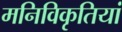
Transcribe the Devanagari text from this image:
मनिविकृतियां